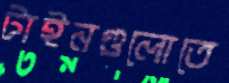
টাইনগুলোতে